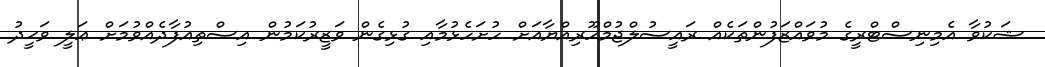
ޝަކުވާ އެމިނިސްޓްރީގެ މުވައްޒަފުންތަކެއް ރައީސުލްޖުމްހޫރިއްޔާއަށް ހުށަހެޅުމާއި ގުޅިގެން ވަޒީރުކަމުން އިސްތިއުފާދެއްވުމަށް ޢަލީ ވަޙީދު